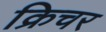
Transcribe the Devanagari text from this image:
क्रिचर